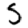
Digit: 5